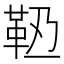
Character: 𩉶